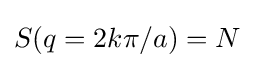
S(q=2k\pi /a)=N